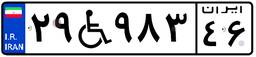
۴۴W۵۲۴۷۸